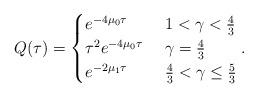
LaTeX: \begin{align*}Q(\tau)=\begin{cases}e^{-4\mu_0\tau} & \ 1<\gamma<\frac43 \\\tau^2e^{-4\mu_0\tau} & \ \gamma=\frac43\\e^{-2\mu_1\tau} & \ \frac43<\gamma\le\frac53\end{cases}. \end{align*}